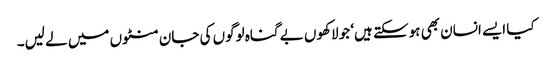
کیا ایسے انسان بھی ہوسکتے ہیں‘ جو لاکھوں بے گناہ لوگوں کی جان منٹوں میں لے لیں۔